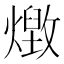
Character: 𭶔